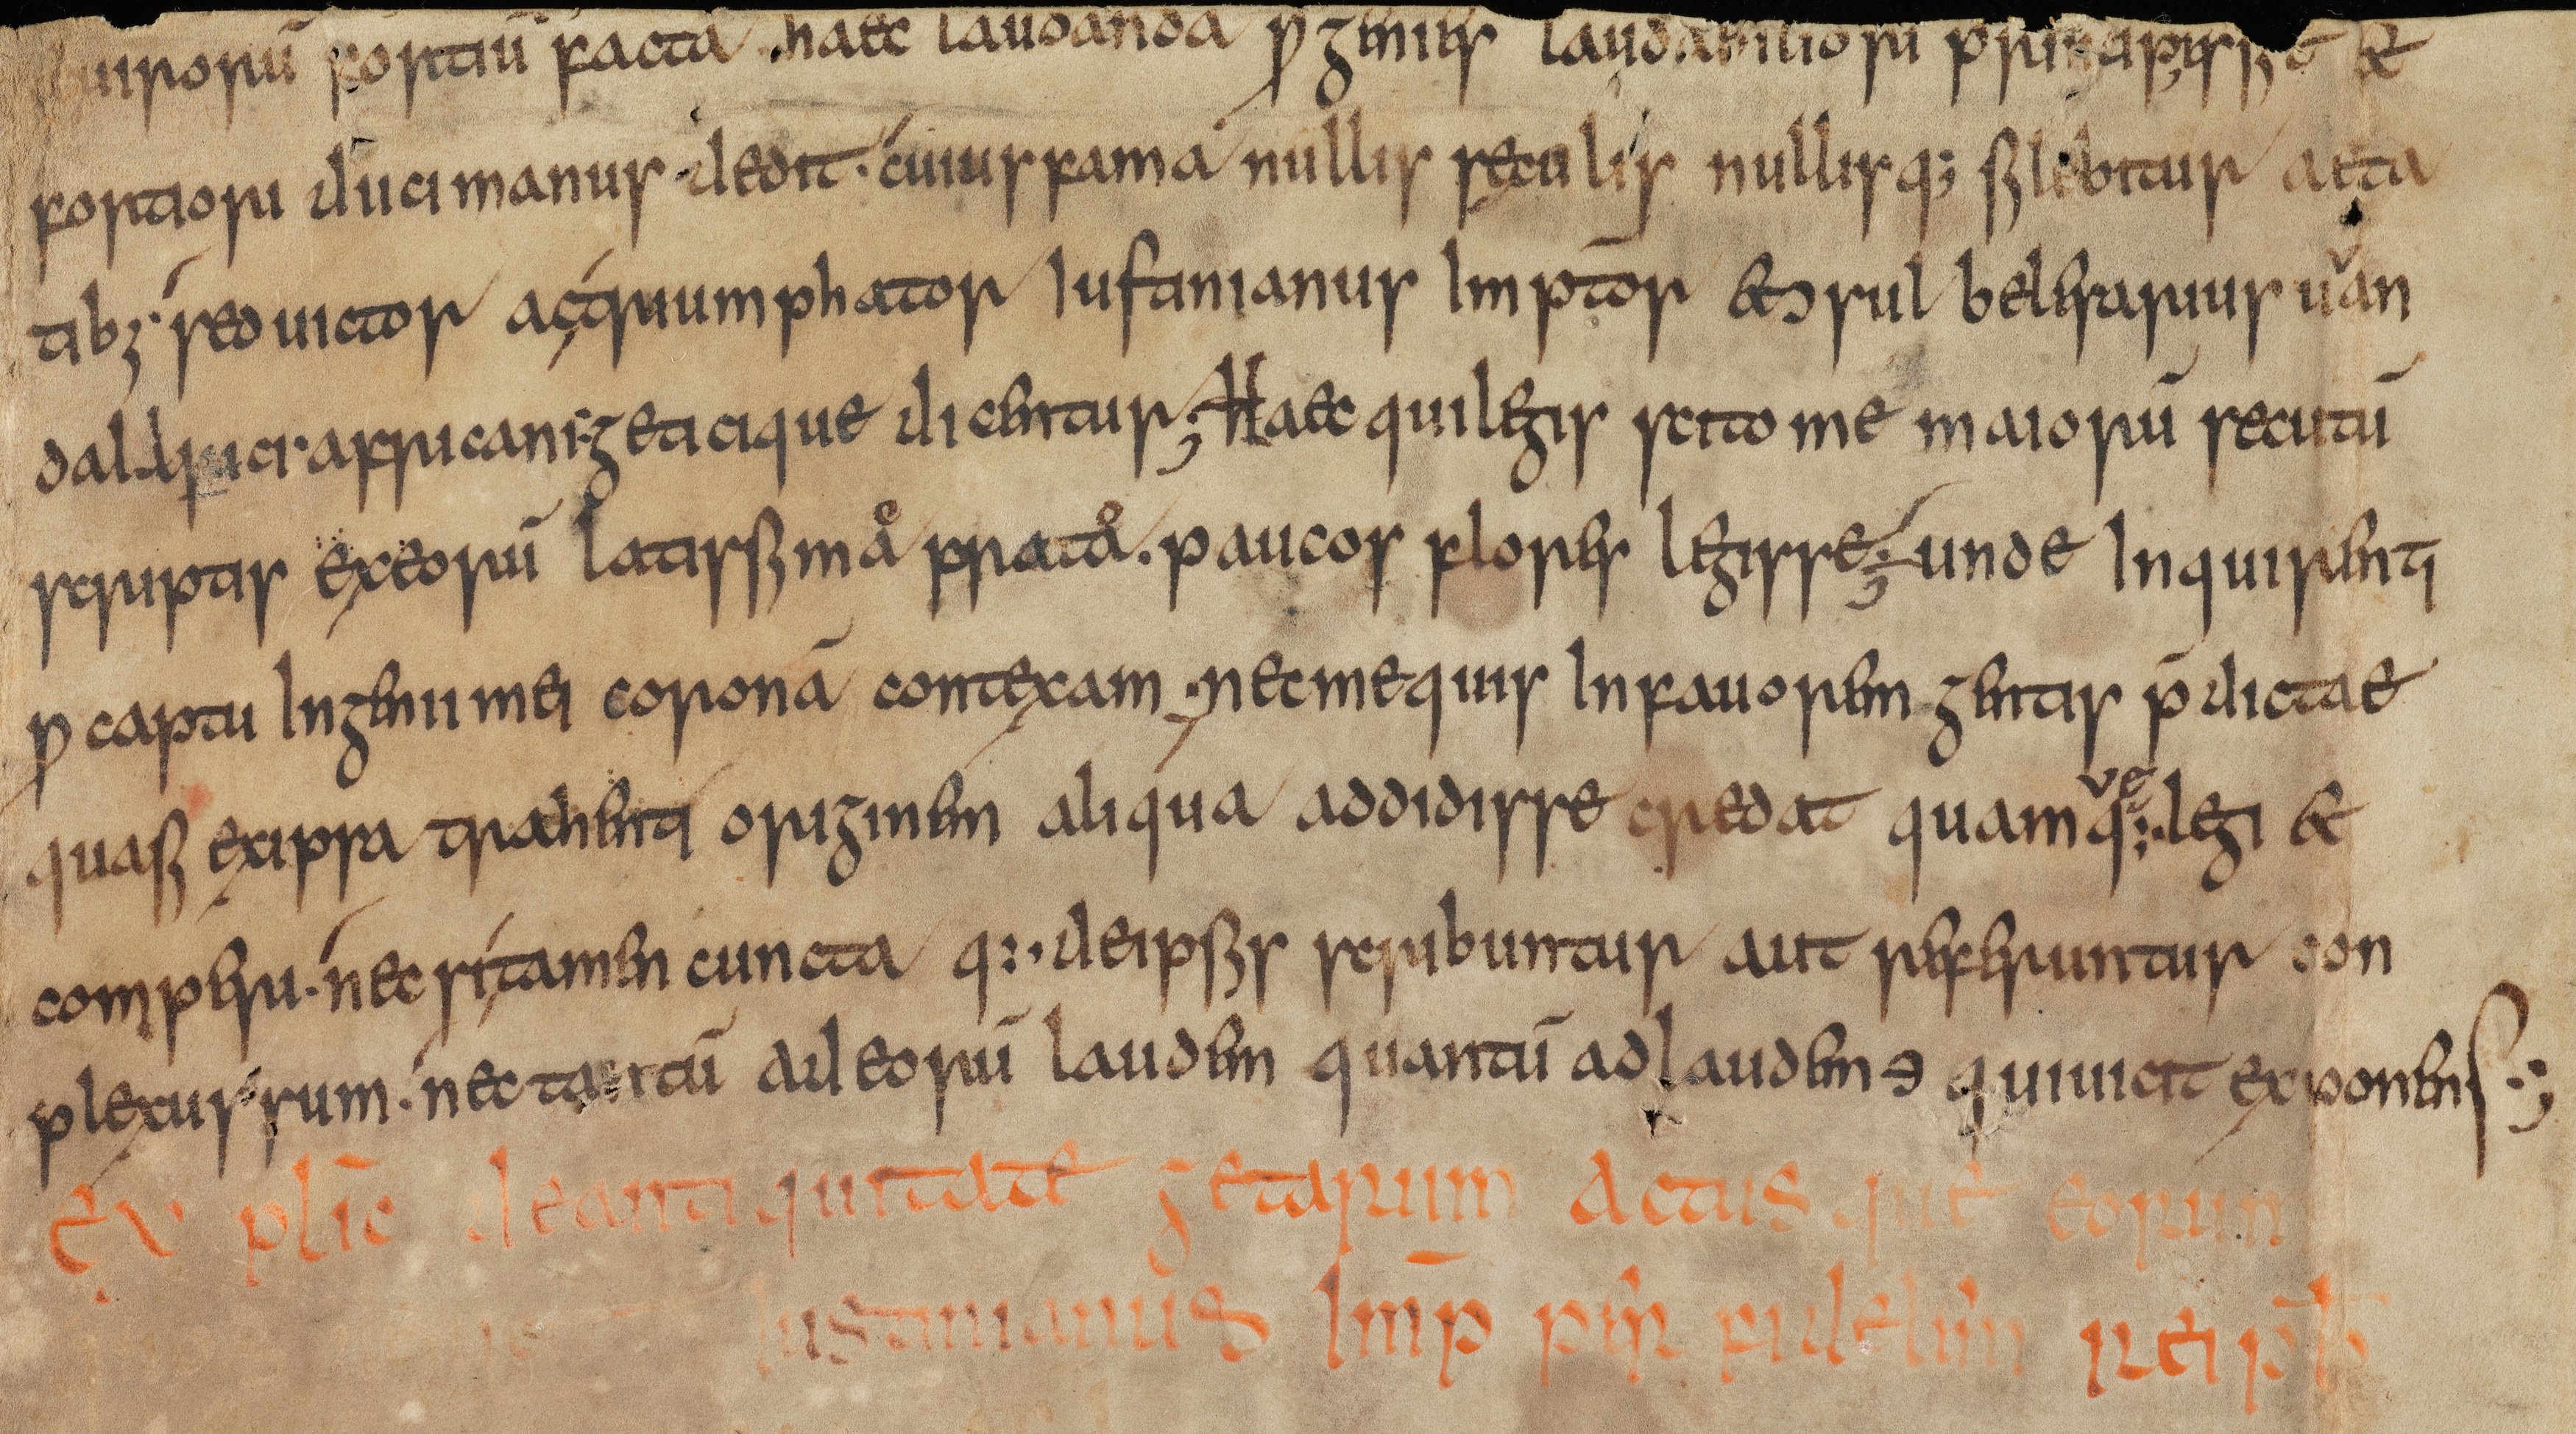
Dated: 815–845